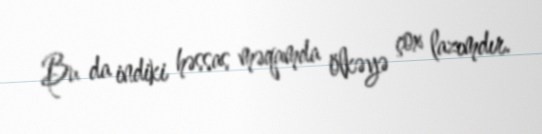
Bu da indiki həssas məqamda ölkəyə çox lazımdır.